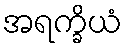
အရက္ခိယံ